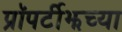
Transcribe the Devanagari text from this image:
प्रॉपर्टीझच्या